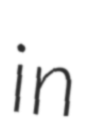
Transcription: in